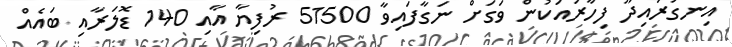
އިނގުރައިދޫ ފިހާރައަކުން ވަގަށް ނަގާފައިވާ 51500 ރުފިޔާ އާއި 140 ޑޮލަރާއި ބައެއް